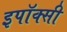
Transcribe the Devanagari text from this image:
इपॉक्सी